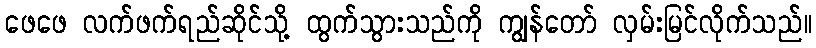
ဖေဖေ လက်ဖက်ရည်ဆိုင်သို့ ထွက်သွားသည်ကို ကျွန်တော် လှမ်းမြင်လိုက်သည်။